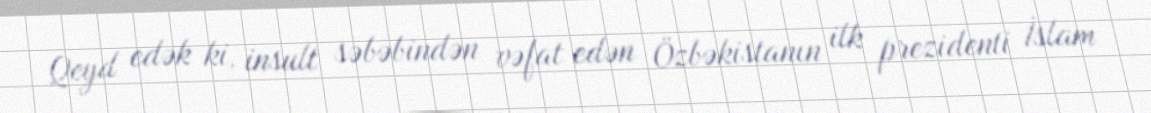
Qeyd edək ki, insult səbəbindən vəfat edən Özbəkistanın ilk prezidenti İslam